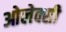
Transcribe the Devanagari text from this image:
ओलेक्सी